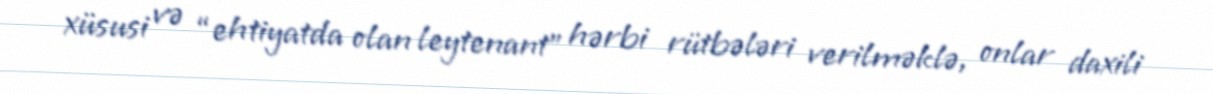
xüsusi və “ehtiyatda olan leytenant” hərbi rütbələri verilməklə, onlar daxili